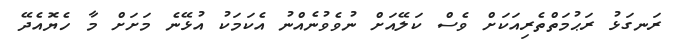
ރަނގަޅު ރަޙުމަތްތެރިއަކަށް ވެސް ކަލޭއަށް ނުވެވުނެއްނު އެކަމަކު އުޅޭނެ މަށަށް މާ ހެޔޮއެދޭ